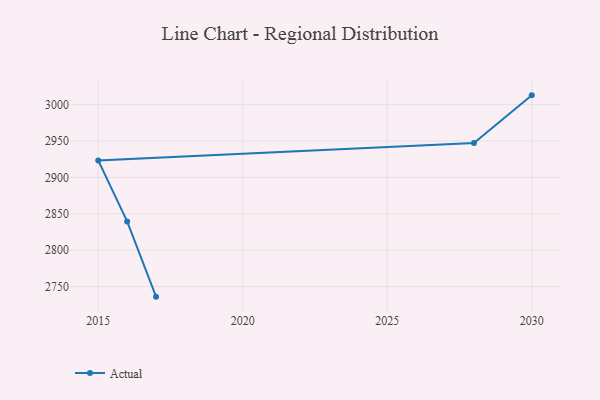
{"axis": {"x": "Year", "y": "Humidity (%)"}, "legend": ["Actual"], "data": [{"x": "2017", "y": 2736.1, "type": "Actual"}, {"x": "2016", "y": 2839.5, "type": "Actual"}, {"x": "2015", "y": 2923.4, "type": "Actual"}, {"x": "2028", "y": 2947.3, "type": "Actual"}, {"x": "2030", "y": 3012.8, "type": "Actual"}]}